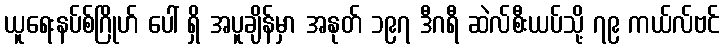
ယူရေးနပ်စ်ဂြိုဟ် ပေါ် ရှိ အပူချိန်မှာ အနုတ် ၁၉၇ ဒီဂရီ ဆဲလ်စီးယပ်သို့ ၇၉ ကယ်လ်ဗင်